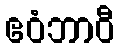
ဧဝံဘာဝီ